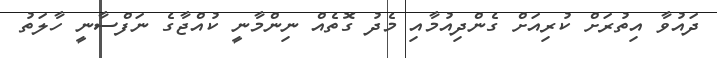
ދައުވާ އިތުރަށް ކުރިއަށް ގެންދިއުމާއި މެދު ގޮތެއް ނިންމާނީ ކުއްޖާގެ ނަފްސާނީ ހާލަތު